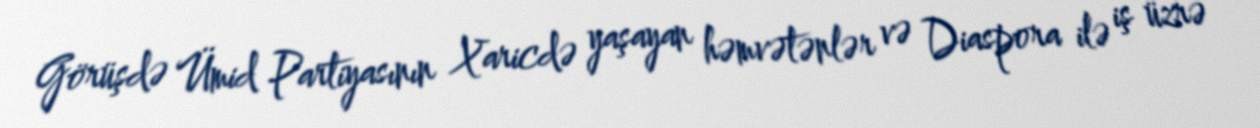
Görüşdə Ümid Partiyasının Xaricdə yaşayan həmvətənlər və Diaspora ilə iş üzrə